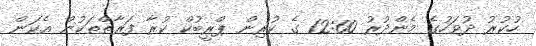
ހުކުރު ދުވަހުގެ މެންދުރު 12:00 ގެ ކުރިން ޕްރީބުކް ކުރާ ފަރާތްތަކުން އެކަން